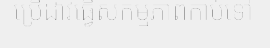
ប្រើដាវធ្វើសកម្មភាពកាប់ទៅ